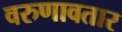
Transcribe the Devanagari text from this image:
वरुणावतार